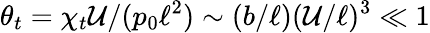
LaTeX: \theta_{t}=\chi_{t}\mathcal{U}/(p_{0}\ell^{2})\sim(b/\ell)(\mathcal{U}/\ell)^{3}\ll 1